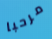
مرحبا